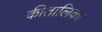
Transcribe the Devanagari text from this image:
कीतालिका